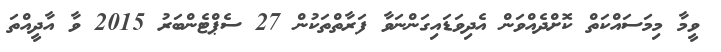
ވީމާ މިމަސައްކަތް ކޮށްދެއްވަން އެދިވަޑައިގަންނަވާ ފަރާތްތަކުން 27 ސެޕްޓެންބަރު 2015 ވާ އާދީއްތަ